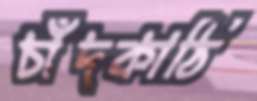
চাঁদকাঠি